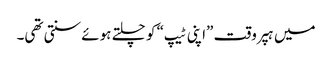
میں ہپر وقت ”اپنی ٹیپ“ کو چلتے ہوئے سنتی تھی۔